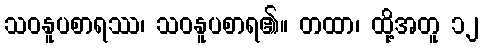
သဝနူပစာရဿ၊ သဝနူပစာရ၏။ တထာ၊ ထို့အတူ ၁၂